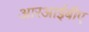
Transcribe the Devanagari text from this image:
आरआईबीए